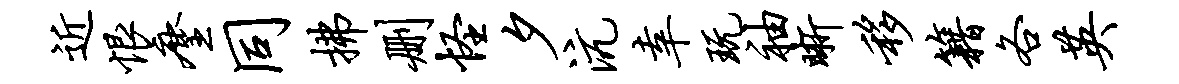
近恨麈同拂删怪夕沆幸玩袖晰移籍各英